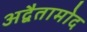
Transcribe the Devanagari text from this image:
अद्वैतामोद